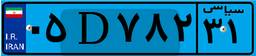
۰۵D۷۸۲۳۱